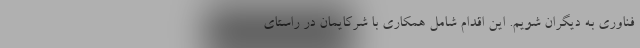
فناوری به دیگران شویم. این اقدام شامل همکاری با شرکایمان در راستای